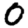
Digit: 0